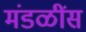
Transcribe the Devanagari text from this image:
मंडळींस